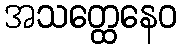
အသတ္ထေနေဝ